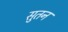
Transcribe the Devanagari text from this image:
सुतन